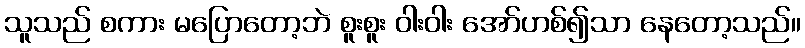
သူသည် စကား မပြောတော့ဘဲ စူးစူး ဝါးဝါး အော်ဟစ်၍သာ နေတော့သည်။